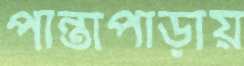
পান্তাপাড়ায়